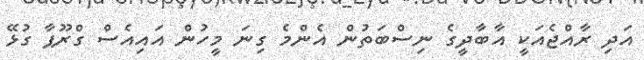
އަދި ރާއްޖެއަކީ އާބާދީގެ ނިސްބަތުން އެންމެ ގިނަ މީހުން އައިއެސް ގްރޫޕާ ގުޅޭ